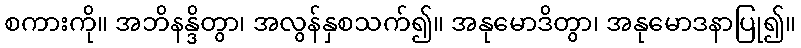
စကားကို။ အဘိနန္ဒိတွာ၊ အလွန်နှစသက်၍။ အနုမောဒိတွာ၊ အနုမောဒနာပြု၍။